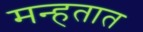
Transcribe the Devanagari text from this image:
मन्हतात